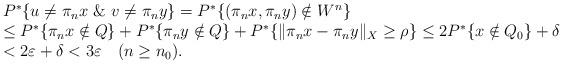
LaTeX: \begin{align*}\begin{array}{l} P^*\{u\ne \pi_nx \ \& \ v\ne \pi_ny\}= P^*\{(\pi_{n}x, \pi_{n}y)\notin W^n\}\\ \le P^*\{\pi_{n}x\notin Q\}+P^*\{\pi_{n}y\notin Q\}+P^*\{\|\pi_{n}x-\pi_{n}y\|_X\ge \rho\}\le 2P^*\{x\notin Q_0\}+\delta\\ < 2\varepsilon +\delta < 3\varepsilon\ \ \ (n\ge n_0).\end{array}\end{align*}